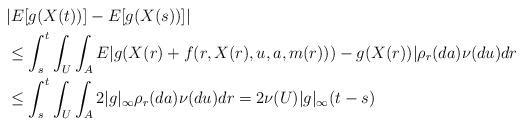
LaTeX: \begin{align*}&|E[g(X(t))] - E[g(X(s))]|\\&\leq \int_s^t \int_U \int_AE |g(X(r) + f(r,X(r), u, a, m(r))) -g(X(r))| \rho_r(da)\nu(du)dr\\&\leq \int_s^t \int_U \int_A 2|g|_{\infty} \rho_r(da)\nu(du)dr = 2\nu(U) |g|_{\infty} (t-s)\end{align*}